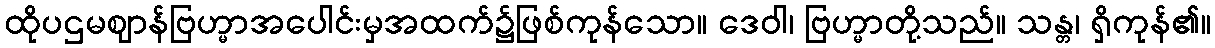
ထိုပဌမဈာန်ဗြဟ္မာအပေါင်းမှအထက်၌ဖြစ်ကုန်သော။ ဒေဝါ၊ ဗြဟ္မာတို့သည်။ သန္တ၊ ရှိကုန်၏။